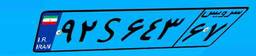
۹۱S۷۹۴۰۳